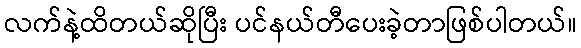
လက်နဲ့ထိတယ်ဆိုပြီး ပင်နယ်တီပေးခဲ့တာဖြစ်ပါတယ်။